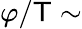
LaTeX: \varphi/\mathsf{T}\sim